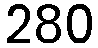
280